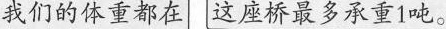
我们的体重都在 这座桥最多承重1吨。